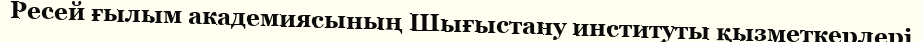
Ресей ғылым академиясының Шығыстану институты қызметкерлері